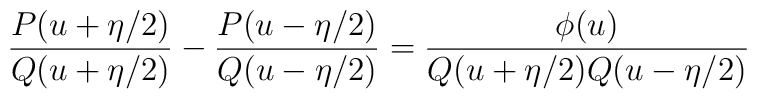
\frac{P(u+\eta/2)}{Q(u+\eta/2)}-\frac{P(u-\eta/2)}{Q(u-\eta/2)}=\frac{\phi(u)}{Q(u+\eta/2)Q(u-\eta/2)}